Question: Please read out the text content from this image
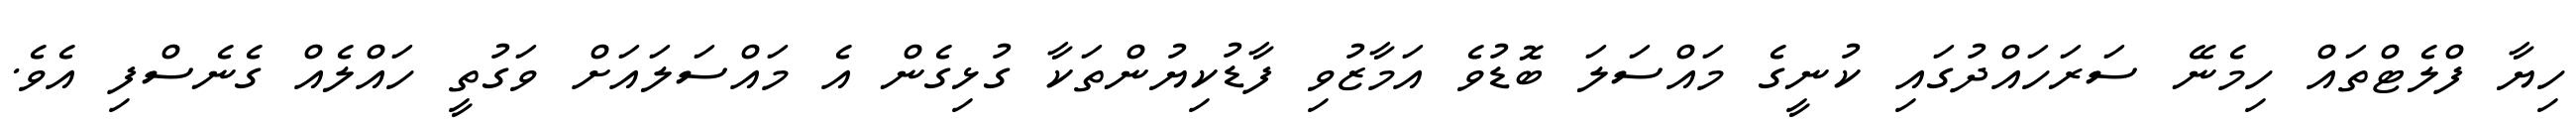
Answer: ހިޔާ ފްލެޓްތައް ހިމެނޭ ސަރަހައްދުގައި ކުނީގެ މައްސަލަ ބޮޑުވެ އަމާޒުވި ފާޑުކިޔުންތަކާ ގުޅިގެން އެ މައްސަލައަށް ވަގުތީ ހައްލެއް ގެނެސްފި އެވެ.